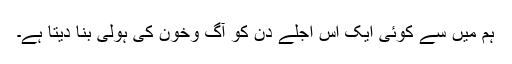
ہم میں سے کوئی ایک اس اجلے دن کو آگ وخون کی ہولی بنا دیتا ہے۔